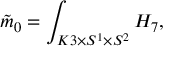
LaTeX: \tilde { m } _ { 0 } = \int _ { K 3 \times S ^ { 1 } \times S ^ { 2 } } H _ { 7 } ,